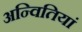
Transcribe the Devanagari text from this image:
अन्वितियां